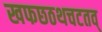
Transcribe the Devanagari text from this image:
खफछठथचटतव्